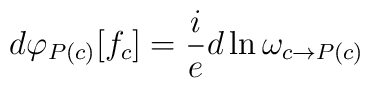
d \varphi_{P(c)}[f_{c}]= \frac{i}{e} d \ln \omega_{c \rightarrow P(c)}